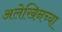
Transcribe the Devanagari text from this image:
अलेखिनच्या